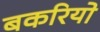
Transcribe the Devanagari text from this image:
बकरियो